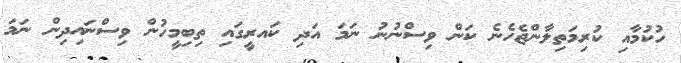
ހުކުމާއި ކުރިމަތިލާންޖެހެނެ ކަން ވިސްނުނު ނަމަ އަދި ކައރީގައި ތިބިމީހުން ވިސްނައިދިން ނަމަ